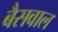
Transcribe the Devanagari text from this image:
बैसवाल